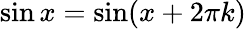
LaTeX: \sin x=\sin(x+2\pi k)